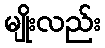
မျိုးလည်း